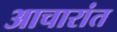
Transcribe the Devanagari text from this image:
आचारांत